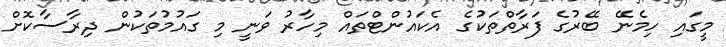
މީގައި ހިމެނޭ ބޭރުގެ ފަރާތްތަކުގެ އެކައުންޓްތައް މިހާރު ވަނީ މި ގައުމުތަކުން ދިރާސާކޮށް